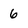
Character: 6